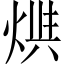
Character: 𤊪